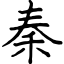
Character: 秦